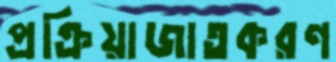
প্রক্রিয়াজাতকরণ